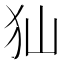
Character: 𤜬